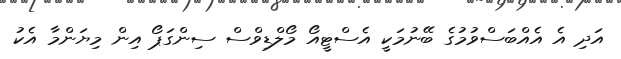
އަދި އެ އެއްބަސްވުމުގެ ބޭނުމަކީ އެސްޓީއޯ މޯލްޑިވްސް ސިންގަޕޯ އިން މިޔަންމާ އެކު